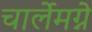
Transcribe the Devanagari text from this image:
चार्लेमग्ने